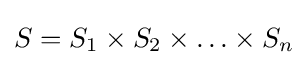
S=S_{1}\times S_{2}\times \ldots \times S_{n}